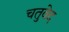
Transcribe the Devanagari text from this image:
चतुवेद